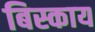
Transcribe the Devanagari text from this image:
बिस्काय